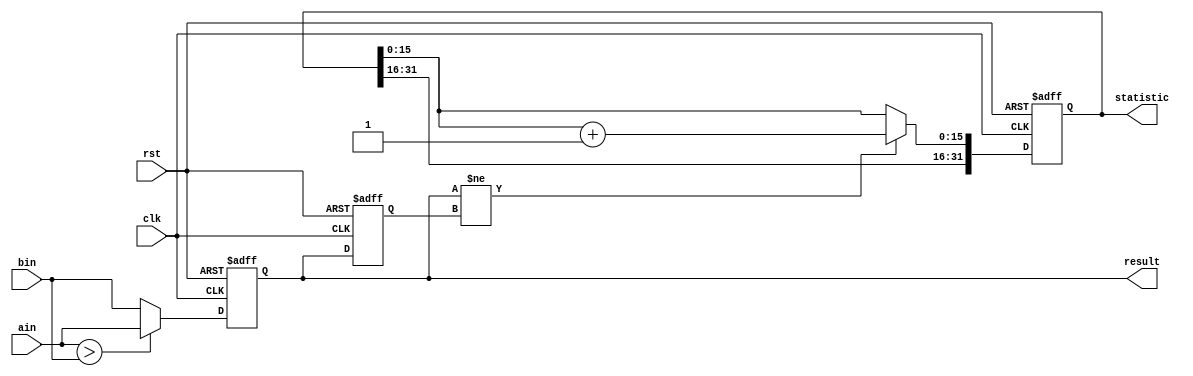
module maximum
(
	input                     clk      ,
	input                     rst      ,
	input      [31:0]         ain      ,
	input      [31:0]         bin      ,
	output reg [31:0]         result   ,
	output reg [31:0]         statistic 
);
	reg [31:0] result_last;
	always @(posedge clk or posedge rst) begin
		if (rst) begin
			result      <= 32'h0;
			result_last <= 32'h0;
		end else begin
			result      <= (ain > bin)? ain: bin;
			result_last <= result;
		end
	end
	always @(posedge clk or posedge rst) begin
		if (rst) begin
			statistic[31:16] <= 16'hf00d;
			statistic[15:0]  <= 16'h0;
		end else begin
			if ( result != result_last ) begin
				statistic[15:0] <= statistic[15:0] + 16'h1;
			end
		end
	end
endmodule